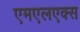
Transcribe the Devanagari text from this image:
एमएलएक्स